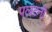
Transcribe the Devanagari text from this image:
पलटनी